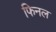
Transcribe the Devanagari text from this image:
फिनल